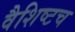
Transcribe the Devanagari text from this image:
वैशिष्टच